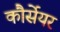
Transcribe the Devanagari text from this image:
कौर्सेयर